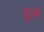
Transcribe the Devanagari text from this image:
दुल्से